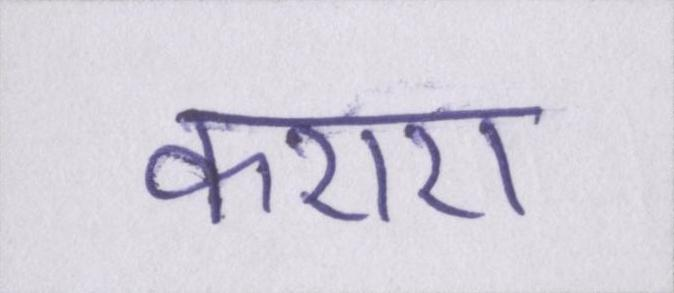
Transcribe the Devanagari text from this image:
कराए